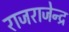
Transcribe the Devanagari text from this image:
राजराजेन्द्र